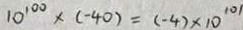
1 0 ^ { 1 0 0 } \times ( - 4 0 ) = ( - 4 ) \times 1 0 ^ { 1 0 1 }